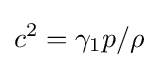
c^{2}=\gamma _{1}p/\rho